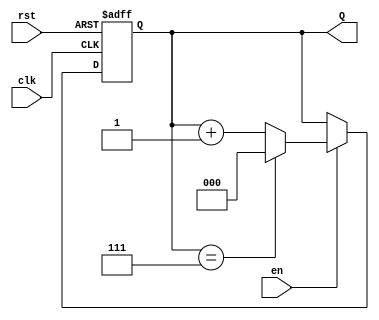
module up_counter #(
    parameter WIDTH = 3,               // Width of the counter (number of bits)
    parameter MAX_COUNT = (1 << WIDTH) - 1 // Maximum count value
)(
    input wire clk,                    // Clock signal
    input wire en,                     // Enable signal
    input wire rst,                    // Asynchronous reset signal
    output reg [WIDTH-1:0] Q           // Counter output
);

    // Asynchronous reset and counting logic
    always @(posedge clk or posedge rst) begin
        if (rst) begin
            Q <= 0;                     // Reset counter to 0
        end else if (en) begin
            if (Q == MAX_COUNT) begin
                Q <= 0;                 // Wrap around to 0
            end else begin
                Q <= Q + 1;             // Increment counter
            end
        end
        // If enable is low, retain current value (no action needed)
    end

endmodule